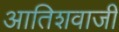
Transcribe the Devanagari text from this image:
आतिशवाजी